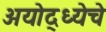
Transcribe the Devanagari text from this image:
अयोद्ध्येचे